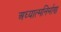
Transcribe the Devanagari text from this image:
अध्यात्मनिर्माण